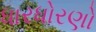
ધારધોરણો